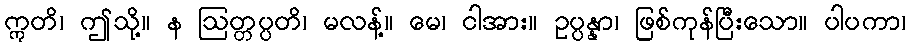
ဣတိ၊ ဤသို့။ န ဩတ္တပ္ပတိ၊ မလန့်။ မေ၊ ငါအား။ ဥပ္ပန္နာ၊ ဖြစ်ကုန်ပြီးသော။ ပါပကာ၊